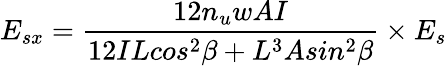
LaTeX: E_{sx}=\frac{12n_{u}wAI}{12ILcos^{2}\beta+L^{3}Asin^{2}\beta}\times{E_{s}}